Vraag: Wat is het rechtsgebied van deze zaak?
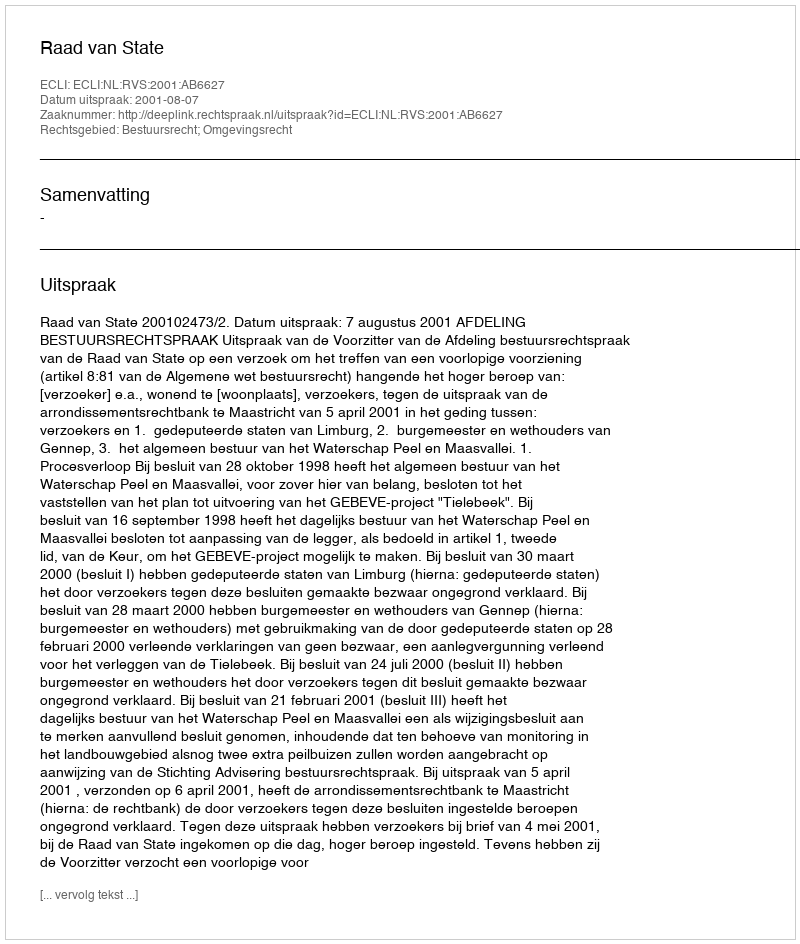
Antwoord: Bestuursrecht; Omgevingsrecht